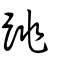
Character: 跳